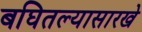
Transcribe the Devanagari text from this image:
बघितल्यासारखे